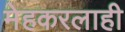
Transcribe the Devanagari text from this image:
मेहकरलाही